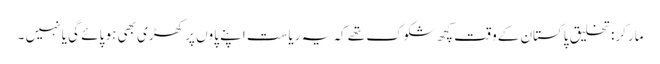
مارکر: تخلیق پاکستان کےو قت کچھ شکوک تھے کہ یہ ریاست اپنے پاوں پر کھڑی بھی ہو پائے گی یا نہیں ۔